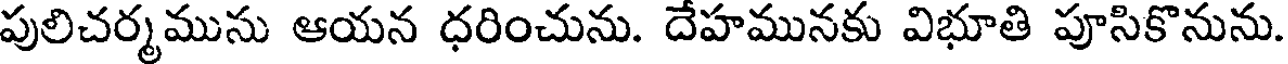
పులిచర్మముసు ఆయన ధరించును. దేహమునకు విభూతి పూసికొనును.